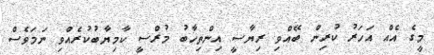
މީގެ އެއް އަހަރު ކުރިން ބޭއްވި ރިޔާސީ އިންތިހާބު މުރްސީ ކާމިޔާބުކުރެއްވި ނަމަވެސް